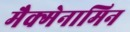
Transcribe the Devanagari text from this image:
मैक्मेनामिन